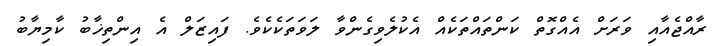
ރާއްޖެއާއި ވަރަށް އެއްގޮތް ކަންތައްތަކެއް އެކުލެވިގެންވާ ލަވަތަކެކެވެ. ފައިޒަލް އެ އިންތިޚާބު ކާމިޔާބު